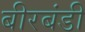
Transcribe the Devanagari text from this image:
बीरबंडी